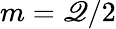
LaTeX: m=\mathscr{Q}/2